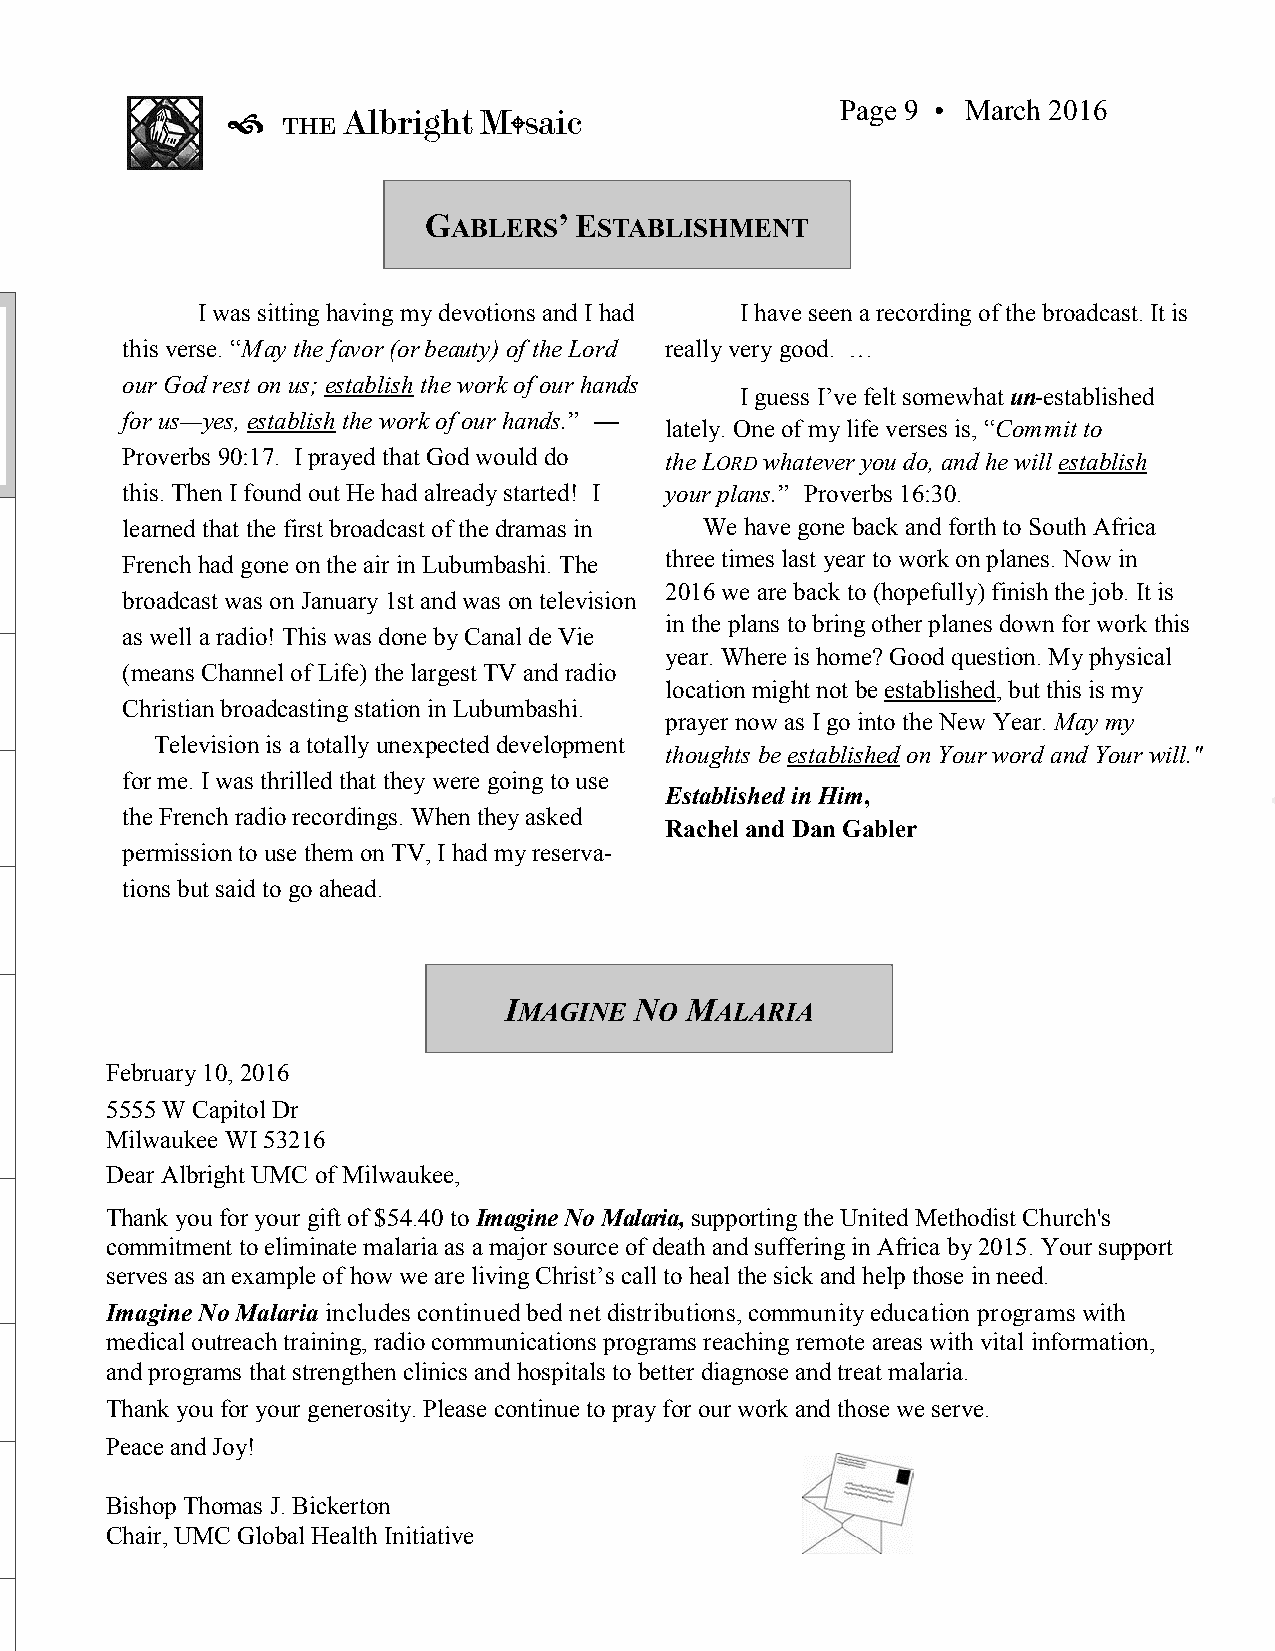
Page 9 • March 2016
        Albright M  saic
 THE            
 GABLERS’  ESTABLISHMENT
 I was sitting having my devotions and I had I have seen a recording of the broadcast. It is
 this verse. “May the favor (or beauty) of the Lord really very good. …
 our God rest on us; establish the work of our hands
 I guess I’ve felt somewhat un-established
 for us—yes, establish the work of our hands.” —
 lately. One of my life verses is, “Commit to
 Proverbs 90:17. I prayed that God would do the LORD whatever you do, and he will establish
 this. Then I found out He had already started! I your plans.” Proverbs 16:30.
 learned that the first broadcast of the dramas in We have gone back and forth to South Africa
 French had gone on the air in Lubumbashi. The three times last year to work on planes. Now in
 2016 we are back to (hopefully) finish the job. It is
 broadcast was on January 1st and was on television
 in the plans to bring other planes down for work this
 as well a radio! This was done by Canal de Vie
 year. Where is home? Good question. My physical
 (means Channel of Life) the largest TV and radio
 location might not be established, but this is my
 Christian broadcasting station in Lubumbashi.
 prayer now as I go into the New Year. May my
 Television is a totally unexpected development
 thoughts be established on Your word and Your will."
 for me. I was thrilled that they were going to use
 Established in Him,
 the French radio recordings. When they asked
 Rachel and Dan Gabler
 permission to use them on TV, I had my reserva-
 tions but said to go ahead.
 IMAGINE  NO MALARIA
 February 10, 2016
 5555 W Capitol Dr
 Milwaukee WI 53216
 Dear Albright UMC of Milwaukee,
 Thank you for your gift of $54.40 to Imagine No Malaria, supporting the United Methodist Church's
 commitment to eliminate malaria as a major source of death and suffering in Africa by 2015. Your support
 serves as an example of how we are living Christ’s call to heal the sick and help those in need.
 Imagine No Malaria includes continued bed net distributions, community education programs with
 medical outreach training, radio communications programs reaching remote areas with vital information,
 and programs that strengthen clinics and hospitals to better diagnose and treat malaria.
 Thank you for your generosity. Please continue to pray for our work and those we serve.
 Peace and Joy!
 Bishop Thomas J. Bickerton
 Chair, UMC Global Health Initiative